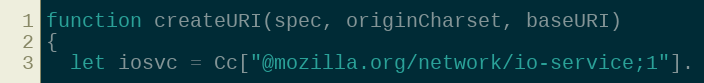
Language: JavaScript
function createURI(spec, originCharset, baseURI)
{
  let iosvc = Cc["@mozilla.org/network/io-service;1"].